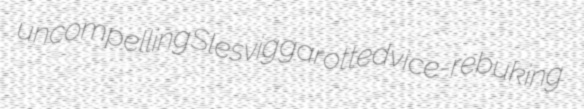
uncompelling Slesvig garotted vice-rebuking